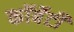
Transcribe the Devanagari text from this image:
कॉर्बेटी